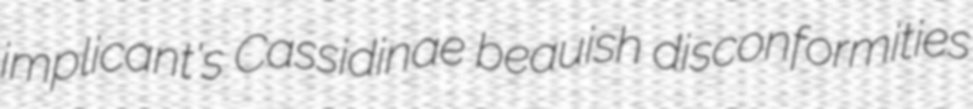
implicant's Cassidinae beauish disconformities